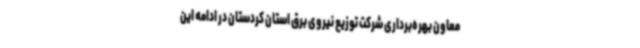
معاون بهره‌برداری شرکت توزیع نیروی برق استان کردستان در ادامه این